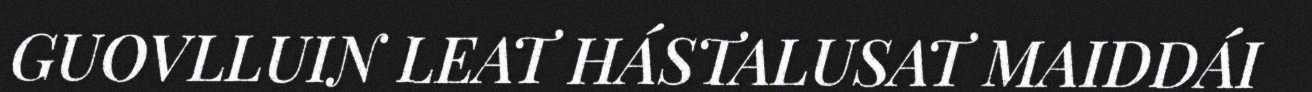
GUOVLLUIN LEAT HÁSTALUSAT MAIDDÁI